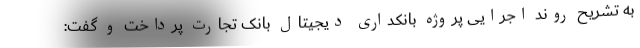
به تشریح روند اجرایی پروژه بانکداری دیجیتال بانک تجارت پرداخت و گفت: